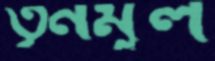
তৃনমূল